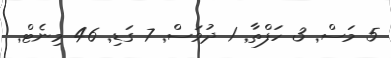
5 މަސް